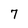
Character: 7